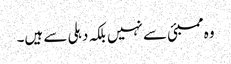
وہ ممبئی سے نہیں بلکہ دہلی سے ہیں۔